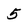
Character: 5